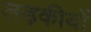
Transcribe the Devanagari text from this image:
लड़कीयों